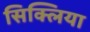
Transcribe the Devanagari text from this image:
सिक्लिया